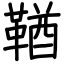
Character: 鞧